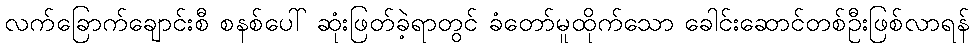
လက်ခြောက်ချောင်းစီ စနစ်ပေါ် ဆုံးဖြတ်ခဲ့ရာတွင် ခံတော်မူထိုက်သော ခေါင်းဆောင်တစ်ဦးဖြစ်လာရန်